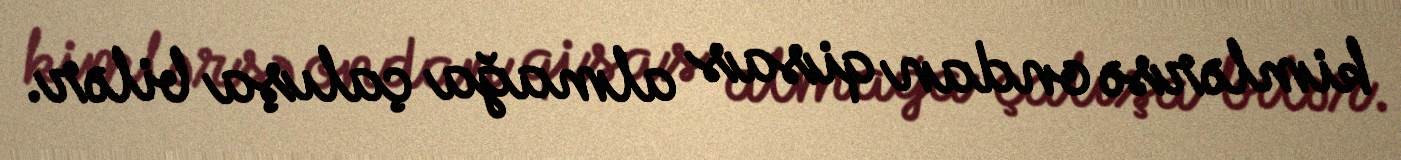
kimlərsə ondan qisas almağa çalışa bilər.